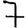
Digit: 7